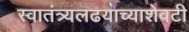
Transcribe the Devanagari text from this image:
स्वातंत्र्यलढयाच्याशेवटी